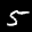
Label: 5